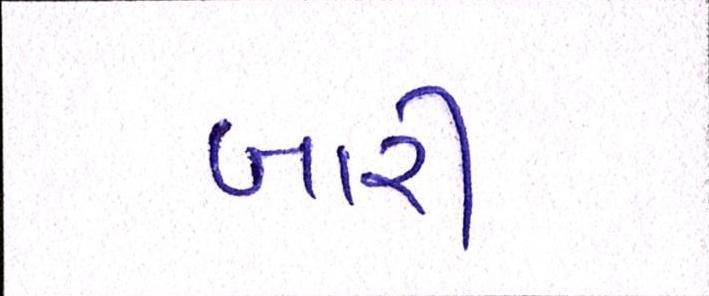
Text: બારી